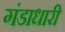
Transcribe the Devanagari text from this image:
गंडाधारी